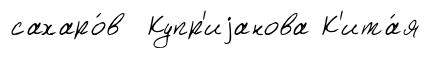
сахаро́в Купр'иjанова К'ита́я